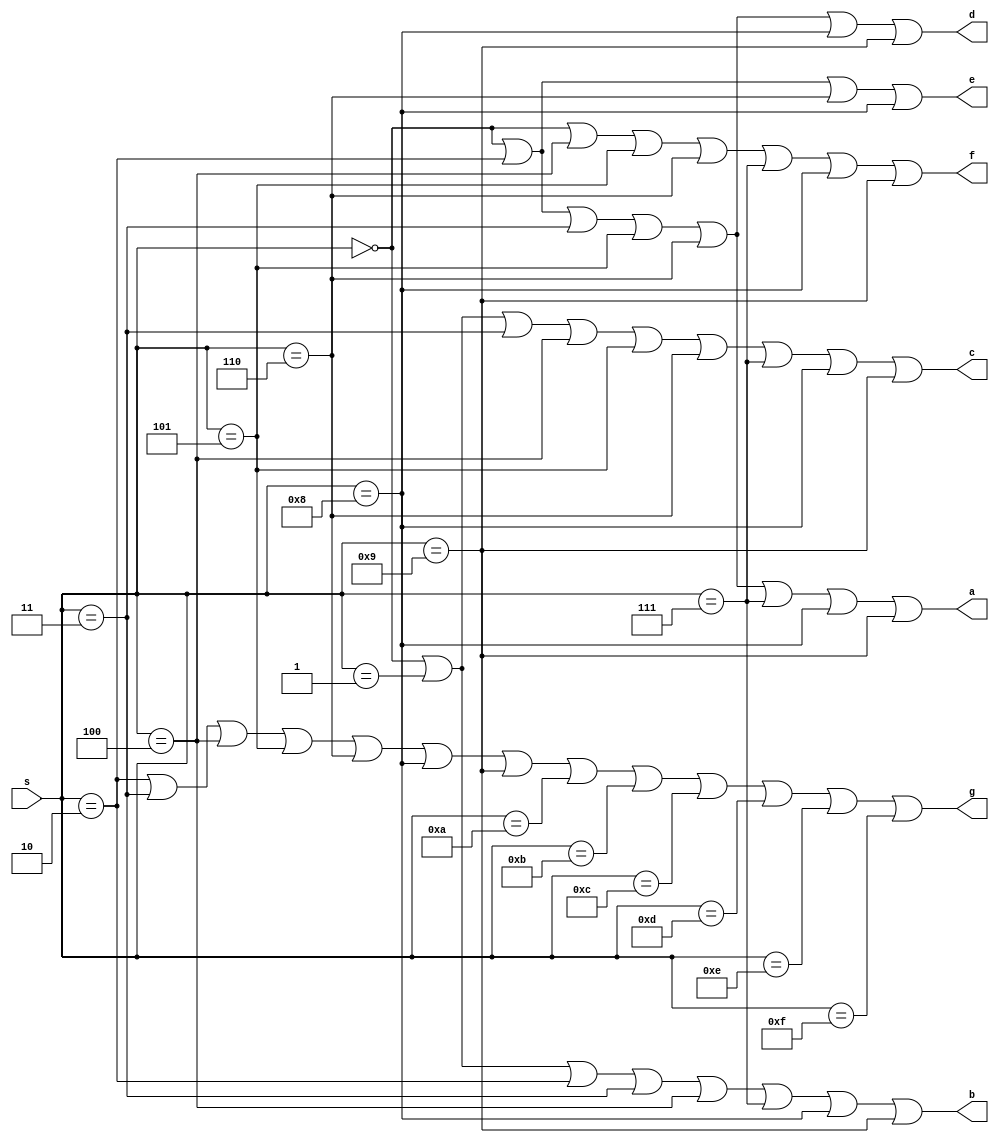
module driver_7seg(s,a,b,c,d,e,f,g);
input[3:0] s;
output a,b,c,d,e,f,g;

assign a=(s==0)||(s==2)||(s==3)||(s==5)||(s==6)||(s==7)||(s==8)||(s==9);
assign b=(s==0)||(s==1)||(s==2)||(s==3)||(s==4)||(s==7)||(s==8)||(s==9);
assign c=(s==0)||(s==1)||(s==3)||(s==4)||(s==5)||(s==6)||(s==7)||(s==8)||(s==9);
assign d=(s==0)||(s==2)||(s==3)||(s==5)||(s==6)||(s==8)||(s==9);
assign e=(s==0)||(s==2)||(s==6)||(s==8);
assign f=(s==0)||(s==4)||(s==5)||(s==6)||(s==7)||(s==8)||(s==9);
assign g=(s==2)||(s==3)||(s==4)||(s==5)||(s==6)||(s==8)||(s==9)||(s==10)||(s==11)||(s==12)||(s==13)||(s==14)||(s==15);

endmodule

module test_driver_7seg;
reg[3:0] s;
wire a,b,c,d,e,f,g;

driver_7seg seg(s,a,b,c,d,e,f,g);

initial begin
	s=0;
#10	s=1;
#10	s=2;
#10	s=3;
#10 	s=4;
#10	s=5;
#10	s=6;
#10	s=7;
#10	s=8;
#10	s=9;
#10	s=10;
#10	s=11;
#10	s=12;
#10	s=13;
#10	s=14;
#10	s=15;
#10	$stop;
end

endmodule//21811957 jeongbomi_hw9